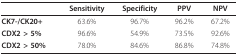
<table><thead><tr><td></td><td><b>Sensitivity</b></td><td><b>Specificity</b></td><td><b>PPV</b></td><td><b>NPV</b></td></tr></thead><tbody><tr><td><b>CK7-/CK20+</b></td><td>63.6%</td><td>96.7%</td><td>96.2%</td><td>67.2%</td></tr><tr><td><b>CDX2 &gt; 5%</b></td><td>96.6%</td><td>54.9%</td><td>73.5%</td><td>92.6%</td></tr><tr><td><b>CDX2 &gt; 50%</b></td><td>78.0%</td><td>84.6%</td><td>86.8%</td><td>74.8%</td></tr></tbody></table>